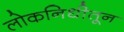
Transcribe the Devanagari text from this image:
लोकनिधीतून